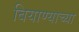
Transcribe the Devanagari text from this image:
बियाण्याच्या